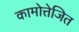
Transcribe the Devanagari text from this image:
कामोत्तेजित